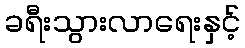
ခရီးသွားလာရေးနှင့်